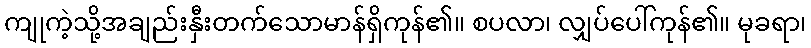
ကျုကဲ့သို့အချည်းနှီးတက်သောမာန်ရှိကုန်၏။ စပလာ၊ လျှပ်ပေါ်ကုန်၏။ မုခရာ၊